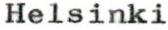
Helsinki